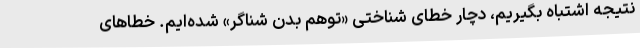
نتیجه اشتباه بگیریم، دچار خطای شناختی «توهم بدن شناگر» شده‌ایم. خطاهای